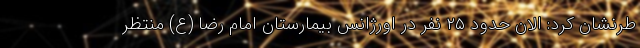
طرنشان کرد: الان حدود ۲۵ نفر در اورژانس بیمارستان امام رضا (ع) منتظر